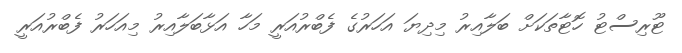
ޓޫރިސްޓު ހޮޓާތަކަށް ބަލާއިރު މިދިޔަ އަހަރުގެ ފެބްރުއަރީ މަހާ އަޅާބަލާއިރު މިއަހަރު ފެބްރުއަރީ